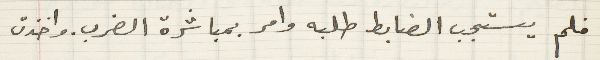
فلم يستجب الضابط طلبه وامر بمباشرة الضرب. واخذت